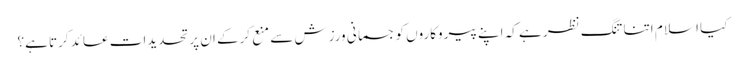
کیا اسلا م اتنا تنگ نظر ہے کہ اپنے پیروکاروں کو جسمانی ورزش سے منع کرکے ان پر تحدیدات عائد کرتا ہے؟